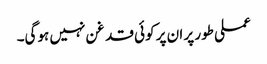
عملی طور پر ان پر کوئی قد غن نہیں ہوگی۔